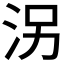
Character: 𱦀